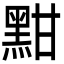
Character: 黚